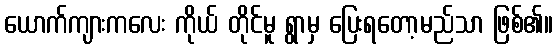
ယောက်ကျားကလေး ကိုယ် တိုင်မူ ရွာမှ ပြေးရတော့မည်သာ ဖြစ်၏။